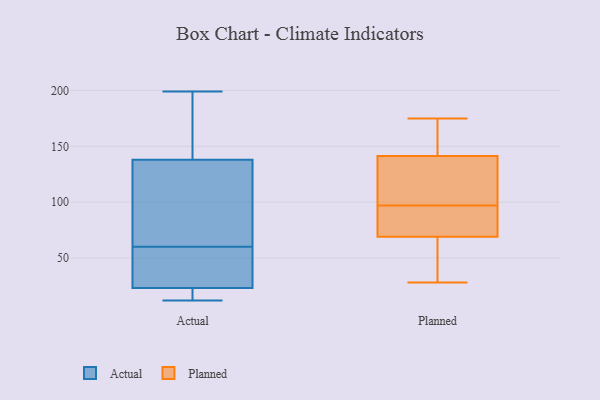
{"axis": {"x": "Page Views", "y": "Value"}, "legend": ["Actual", "Planned"], "data": [{"x": "", "y": 199, "type": "Actual"}, {"x": "", "y": 144, "type": "Actual"}, {"x": "", "y": 18, "type": "Actual"}, {"x": "", "y": 39, "type": "Actual"}, {"x": "", "y": 61, "type": "Actual"}, {"x": "", "y": 59, "type": "Actual"}, {"x": "", "y": 175, "type": "Actual"}, {"x": "", "y": 22, "type": "Actual"}, {"x": "", "y": 29, "type": "Actual"}, {"x": "", "y": 12, "type": "Actual"}, {"x": "", "y": 62, "type": "Actual"}, {"x": "", "y": 23, "type": "Actual"}, {"x": "", "y": 142, "type": "Actual"}, {"x": "", "y": 79, "type": "Actual"}, {"x": "", "y": 68, "type": "Actual"}, {"x": "", "y": 138, "type": "Actual"}, {"x": "", "y": 16, "type": "Actual"}, {"x": "", "y": 33, "type": "Actual"}, {"x": "", "y": 105, "type": "Planned"}, {"x": "", "y": 175, "type": "Planned"}, {"x": "", "y": 167, "type": "Planned"}, {"x": "", "y": 42, "type": "Planned"}, {"x": "", "y": 93, "type": "Planned"}, {"x": "", "y": 28, "type": "Planned"}, {"x": "", "y": 51, "type": "Planned"}, {"x": "", "y": 67, "type": "Planned"}, {"x": "", "y": 97, "type": "Planned"}, {"x": "", "y": 143, "type": "Planned"}, {"x": "", "y": 136, "type": "Planned"}, {"x": "", "y": 75, "type": "Planned"}, {"x": "", "y": 99, "type": "Planned"}, {"x": "", "y": 146, "type": "Planned"}, {"x": "", "y": 87, "type": "Planned"}]}